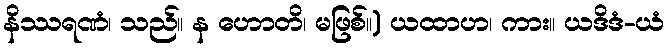
နိဿရဏံ၊ သည်။ န ဟောတိ၊ မဖြစ်။) ယထာဟ၊ ကား။ ယဒိဒံ-ယံ